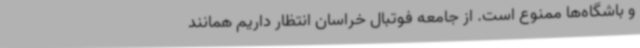
و باشگاه‌ها ممنوع است. از جامعه فوتبال خراسان انتظار داریم همانند